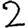
Digit: 2